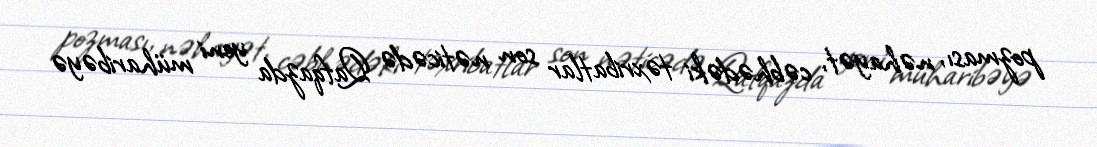
pozması, nəhayət, cəbhədəki təxribatlar son nəticədə Qafqazda yeni müharibəyə